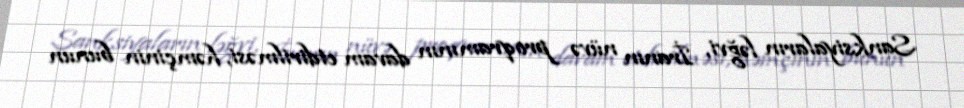
Sanksiyaların ləğvi, İranın nüvə proqramının davam etdirilməsi, həmçinin bunun